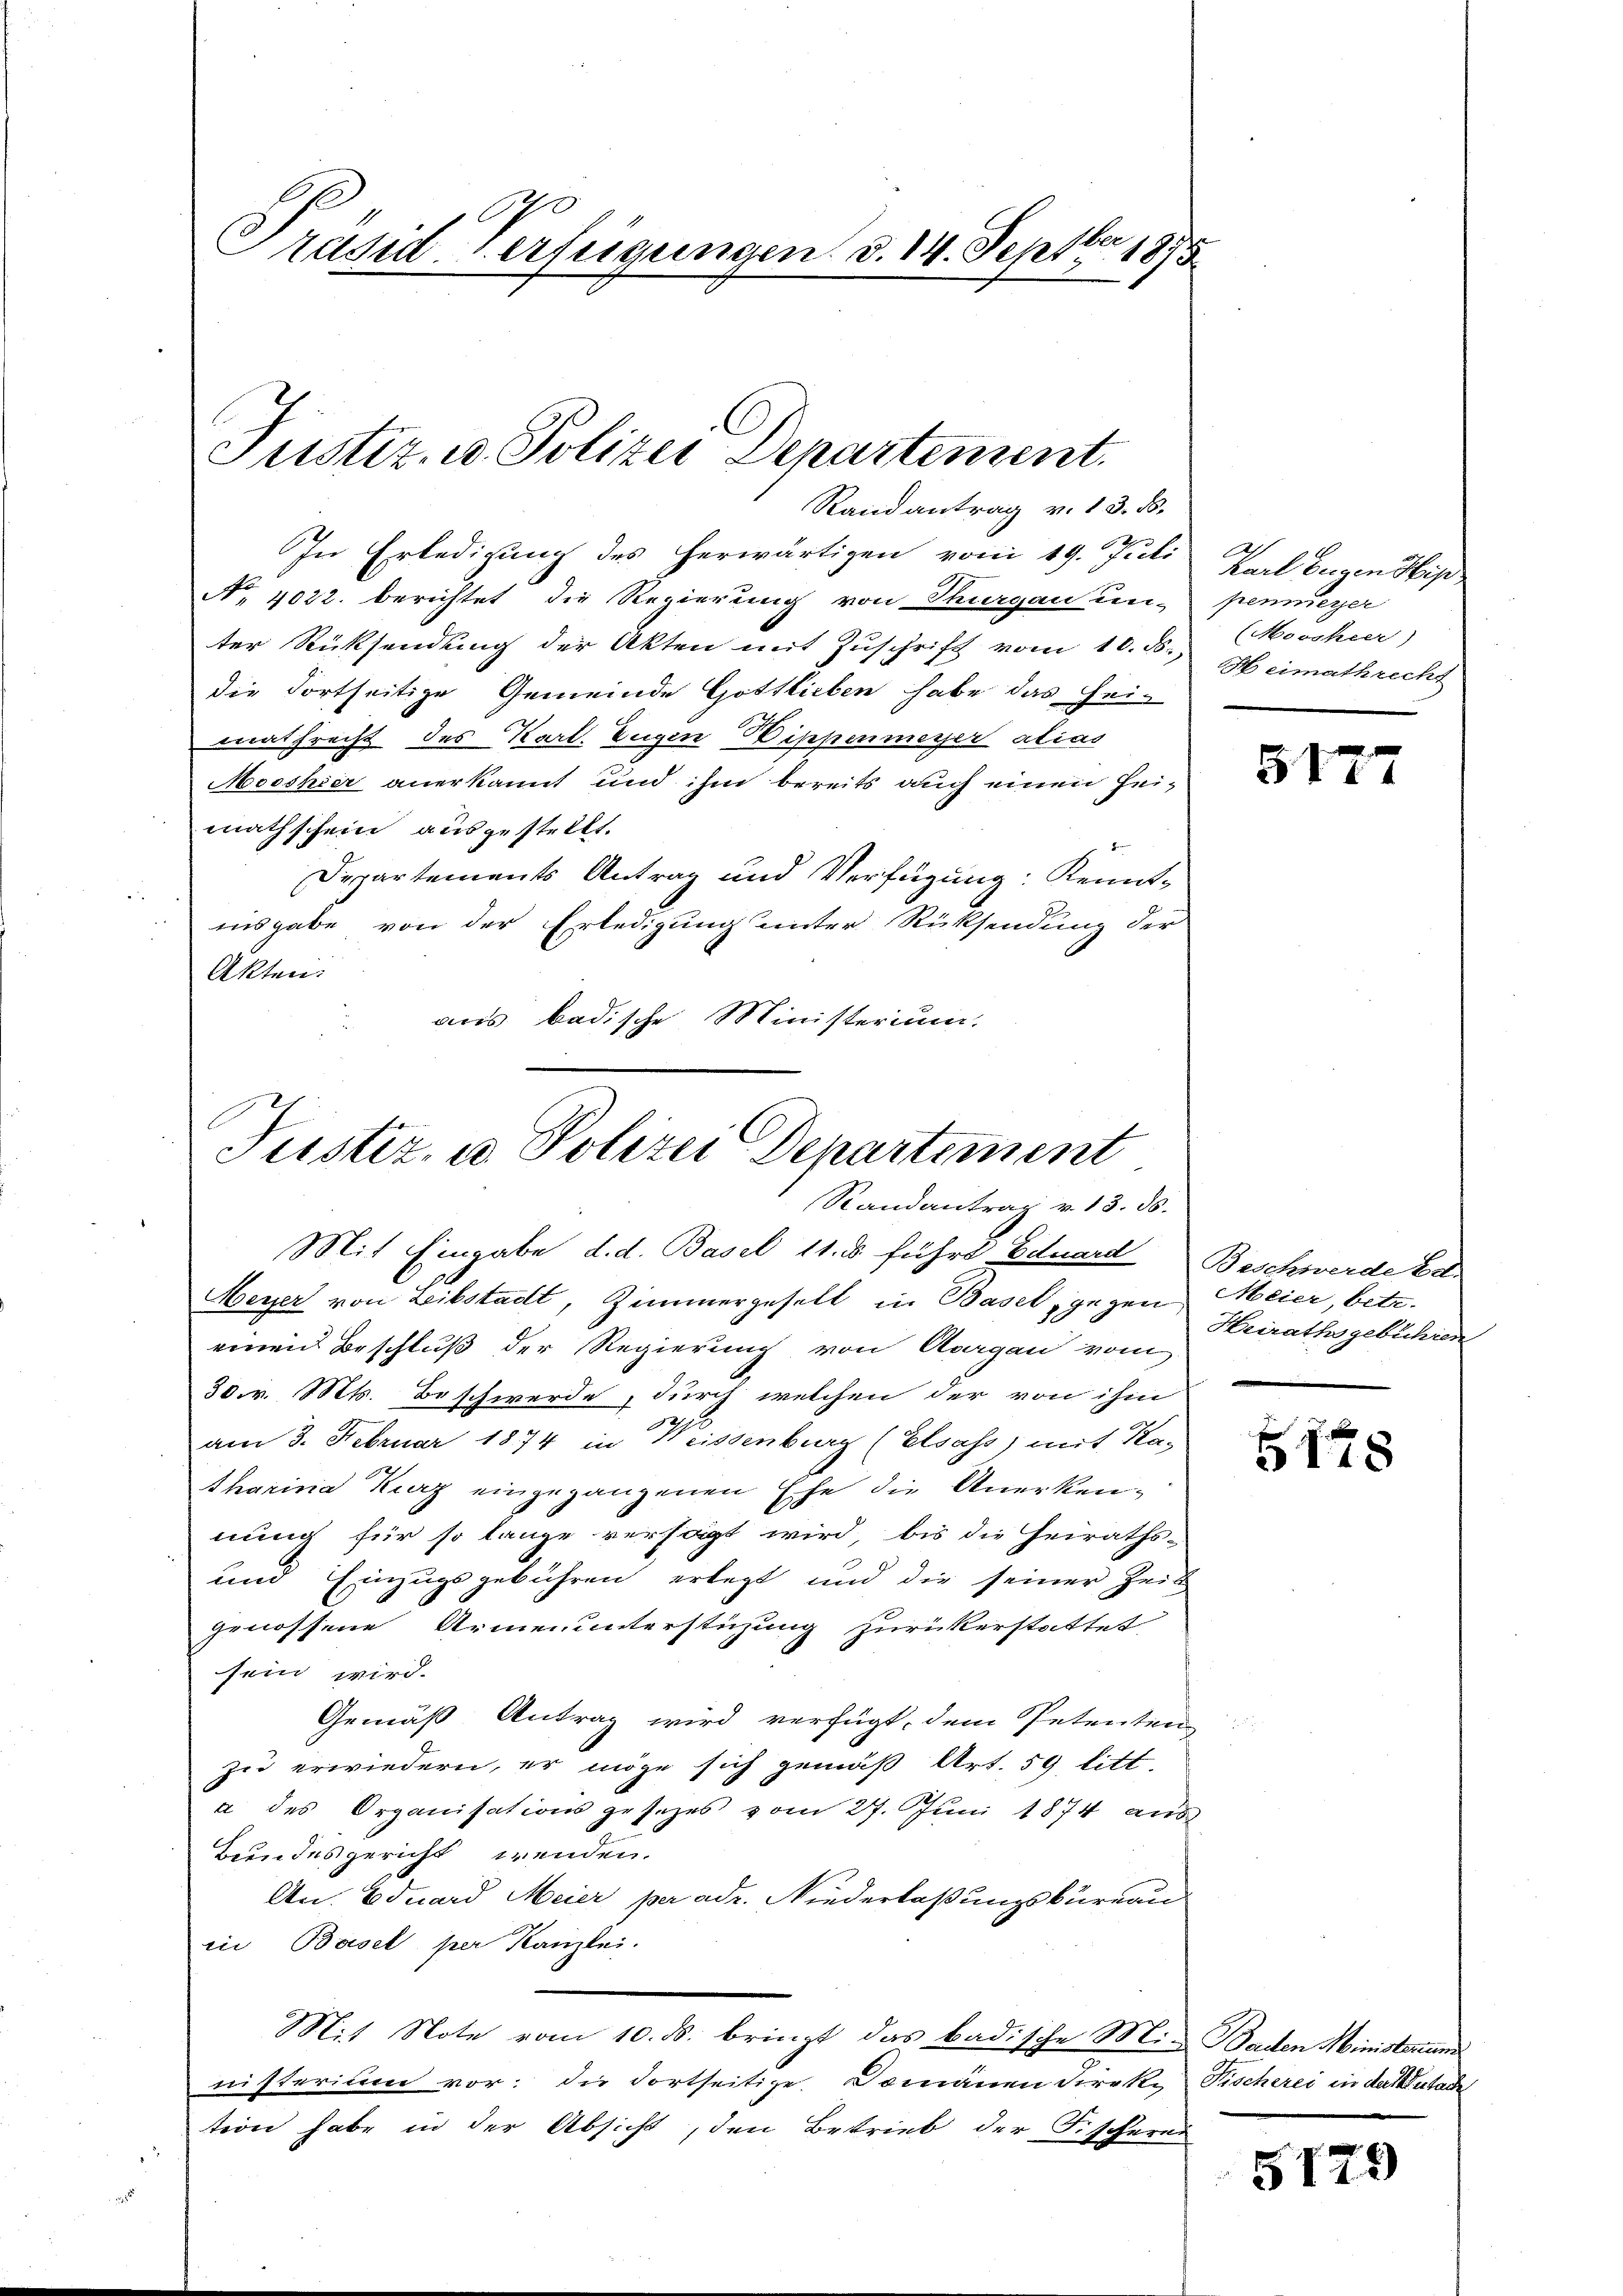
Präsid. Verfügungen d. 14. Septbr 1875

Justiz- u. Polizei Departement.
Randantrag v. 13. d.

In Erledigung des herwärtigen vom 19. Juli
N. 4022. berichtet die Regierung von Turgau un- penmeyer
ter Rücksendung der Akten mit Zuschrift vom 16. d.) Heimathrecht
die Fortseitige Gemeinde Gottlieben habe das Heimathrecht des Karl. Eugen Dippenmeyer alias
Mooshier anerkannt und ihm bereits auch einen Heimathschein ausgestellt.
Departements Antrag und Verfügung: Kennt-
insgabe von der Erledigung unter Rücksendung der
Akten:
dus badische Ministerium.

Justiz, u. Polizei Departement
Randantrag v. 13. 38.

Mit Eingabe d. d. Basel 11. u führt Eduard Beschwerde Ed.
Meyer von Leibstadt, Zimmergeselt in Basel, gegen Meier, betr.
einen Beschluß der Regierung von Aargau vom
30.r. Mts. Beschwerde, durch welchen der von ihm
am 3. Februar 1874 in Weissenburg (Elsass) mit Katharina Kurz eingegangenen Ehe die Unerkennung für so lange versagt wird, bis die Heiraths-
und Einzugsgebühren erlegt und die seiner Zeit
genossene Armenunterstüzung zurückerstattet.
sein wird.
Gemäß Antrag wird verfügt, dem Petenten
zie erwiedern, er möge sich gemäß Art. 59 litt
a des Organisationsgesetzes vom 27. Juni 1874 aus
Beundesgericht wenden.
An. Eduard Meier per adr. Niederlaßungskureau
in Basel per Kanzlei.
Mit Note vom 10. ds. bringt das badische Mit Baden Ministerium
nisterium vor: die dortseitige Domänen direke, Fischerei in das tadel
teon habe in der Absicht, den Betrieb der Fischern

Karl Eugen die
(Movsheer)

5177

Heirathsgebühren

5148

5179